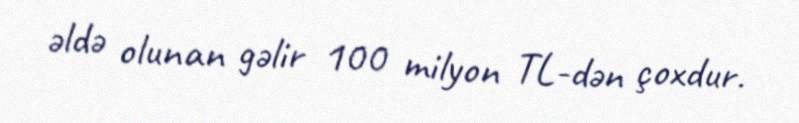
əldə olunan gəlir 100 milyon TL-dən çoxdur.